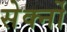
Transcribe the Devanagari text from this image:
सेर्क्नो